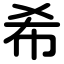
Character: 希